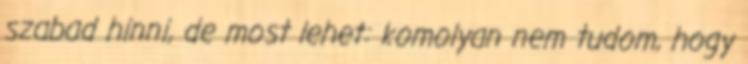
szabad hinni, de most lehet: komolyan nem tudom, hogy